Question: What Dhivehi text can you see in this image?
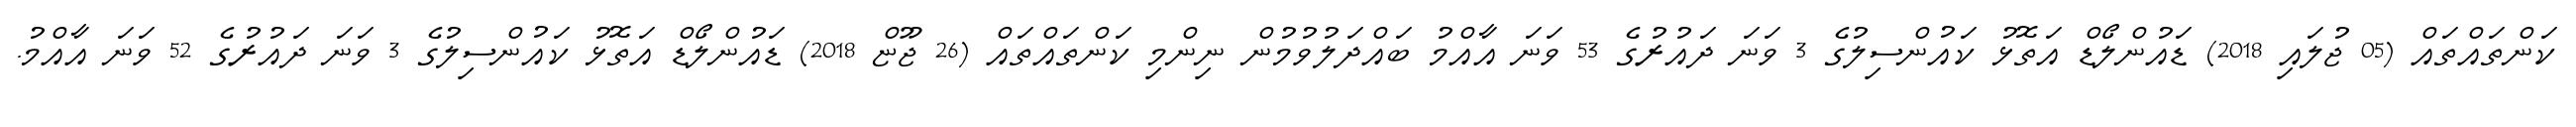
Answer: ކަންތައްތައް (05 ޖުލައި 2018) ޑައުންލޯޑް އަތޮޅު ކައުންސިލުގެ 3 ވަނަ ދައުރުގެ 53 ވަނަ އާއްމު ބައްދަލުވުމުން ނިންމި ކަންތައްތައް (26 ޖޫޏް 2018) ޑައުންލޯޑް އަތޮޅު ކައުންސިލުގެ 3 ވަނަ ދައުރުގެ 52 ވަނަ އާއްމު.